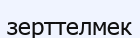
зерттелмек